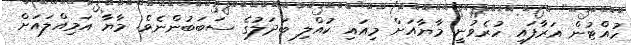
ހުއްޓުން އަރާފައި ހުރެވުނީ މާޔާއަށް މިއައި ކުއްލި ބަދަލުގެ ސަބަބުންނެވެ. މާޔާ އަމިއްލައަށް